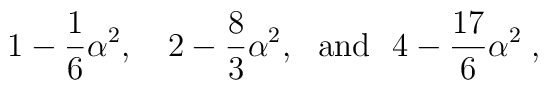
1-\frac{1}{6}\alpha^2, ~~~ 2-\frac{8}{3}\alpha^2,{}~~{\rm and}~~ 4-\frac{17}{6}\alpha^2\;,